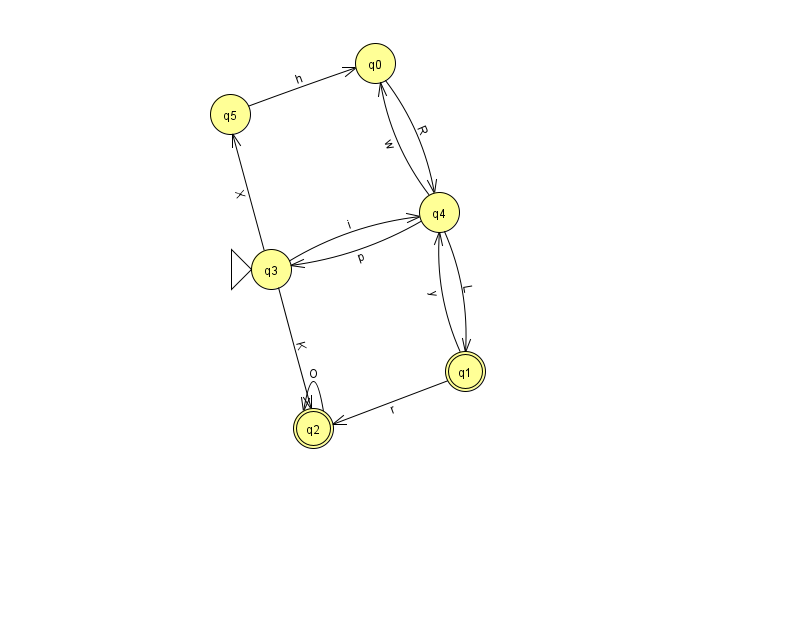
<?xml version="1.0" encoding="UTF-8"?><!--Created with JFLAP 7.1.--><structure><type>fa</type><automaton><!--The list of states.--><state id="0" name="q0"><x>375.0</x><y>50.0</y></state><state id="1" name="q1"><x>465.0</x><y>358.0</y><final/></state><state id="2" name="q2"><x>313.0</x><y>415.0</y><final/></state><state id="3" name="q3"><x>271.0</x><y>256.0</y><initial/></state><state id="4" name="q4"><x>439.0</x><y>199.0</y></state><state id="5" name="q5"><x>230.0</x><y>101.0</y></state><!--The list of transitions.--><transition><from>0</from><to>4</to><read>R</read></transition><transition><from>3</from><to>4</to><read>i</read></transition><transition><from>5</from><to>0</to><read>h</read></transition><transition><from>4</from><to>0</to><read>w</read></transition><transition><from>4</from><to>1</to><read>L</read></transition><transition><from>1</from><to>2</to><read>r</read></transition><transition><from>3</from><to>5</to><read>X</read></transition><transition><from>4</from><to>3</to><read>p</read></transition><transition><from>1</from><to>4</to><read>y</read></transition><transition><from>3</from><to>2</to><read>K</read></transition><transition><from>2</from><to>2</to><read>O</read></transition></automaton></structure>